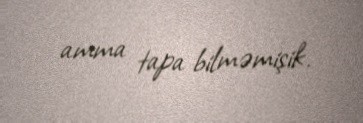
amma tapa bilməmişik.